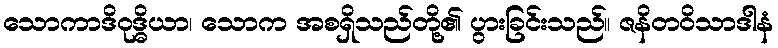
သောကာဒိဝုဒ္ဓိယာ၊ သောက အစရှိသည်တို့၏ ပွားခြင်းသည်။ ဇနိတဝိသာဒါနံ